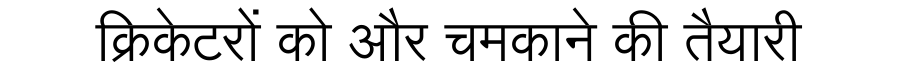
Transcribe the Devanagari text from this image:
क्रिकेटरों को और चमकाने की तैयारी